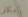
بامكانى